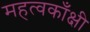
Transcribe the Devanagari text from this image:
महत्वकाँक्षी